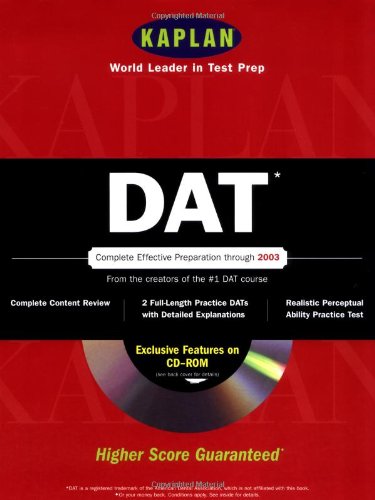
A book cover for Kaplan DAT with CD-ROM (Dat (Dental Admission Test)(Kaplan)); Kaplan; Test Preparation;